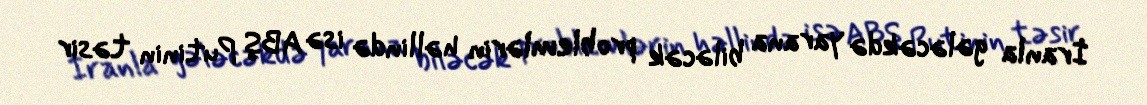
İranla gələcəkdə yarana biləcək problemlərin həllində isə ABŞ Putinin təsir